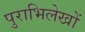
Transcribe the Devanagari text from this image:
पुराभिलेखों